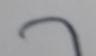
Signature authenticity: forged